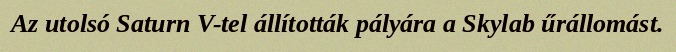
Az utolsó Saturn V-tel állították pályára a Skylab űrállomást.